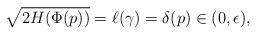
LaTeX: \begin{align*} \sqrt{2H(\Phi(p))}=\ell(\gamma)=\delta(p)\in (0,\epsilon), \end{align*}